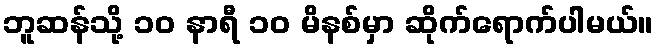
ဘူဆန်သို့ ၁၀ နာရီ ၁၀ မိနစ်မှာ ဆိုက်ရောက်ပါမယ်။